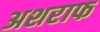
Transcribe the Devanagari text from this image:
अशराफ